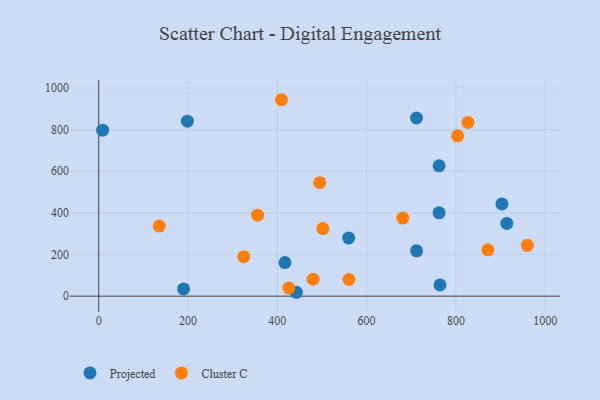
{"axis": {"x": "Investment", "y": "Rating"}, "legend": ["Cluster C", "Projected"], "data": [{"x": "198.6", "y": 840.5, "type": "Projected"}, {"x": "190.1", "y": 34.8, "type": "Projected"}, {"x": "711.7", "y": 855.7, "type": "Projected"}, {"x": "762.3", "y": 626.1, "type": "Projected"}, {"x": "762.2", "y": 400.1, "type": "Projected"}, {"x": "417.1", "y": 161.4, "type": "Projected"}, {"x": "442.7", "y": 18.6, "type": "Projected"}, {"x": "559.8", "y": 279.5, "type": "Projected"}, {"x": "8.8", "y": 797.3, "type": "Projected"}, {"x": "903.0", "y": 442.8, "type": "Projected"}, {"x": "764.3", "y": 54.1, "type": "Projected"}, {"x": "914.0", "y": 349.5, "type": "Projected"}, {"x": "711.9", "y": 217.6, "type": "Projected"}, {"x": "681.1", "y": 375.2, "type": "Cluster C"}, {"x": "135.7", "y": 336.5, "type": "Cluster C"}, {"x": "495.0", "y": 545.2, "type": "Cluster C"}, {"x": "560.4", "y": 80.0, "type": "Cluster C"}, {"x": "355.7", "y": 388.8, "type": "Cluster C"}, {"x": "425.7", "y": 38.9, "type": "Cluster C"}, {"x": "826.9", "y": 834.2, "type": "Cluster C"}, {"x": "502.0", "y": 324.7, "type": "Cluster C"}, {"x": "325.1", "y": 189.7, "type": "Cluster C"}, {"x": "803.9", "y": 770.0, "type": "Cluster C"}, {"x": "480.0", "y": 81.4, "type": "Cluster C"}, {"x": "960.0", "y": 244.0, "type": "Cluster C"}, {"x": "871.5", "y": 222.3, "type": "Cluster C"}, {"x": "409.3", "y": 943.4, "type": "Cluster C"}]}